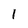
Character: 1